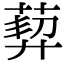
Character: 𦳴